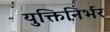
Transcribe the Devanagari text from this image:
युक्तिनिर्भर